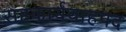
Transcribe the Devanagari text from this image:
सहकार्यवाहपद